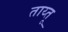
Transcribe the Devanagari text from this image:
ताय्तू